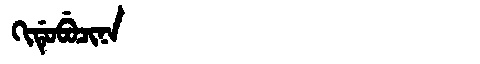
Manchu: ᡴᡳᡩᡠᠪᡠᠴᡳᠨᠠ
Romanization: KIDUBUCINA